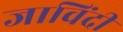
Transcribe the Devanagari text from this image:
जाविंदी